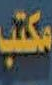
مكتب